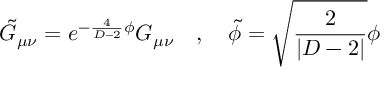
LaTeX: \tilde { G } _ { \mu \nu } = e ^ { - \frac { 4 } { D - 2 } \phi } G _ { \mu \nu } ~ ~ ~ , ~ ~ ~ \tilde { \phi } = \sqrt { \frac { 2 } { | D - 2 | } } \phi